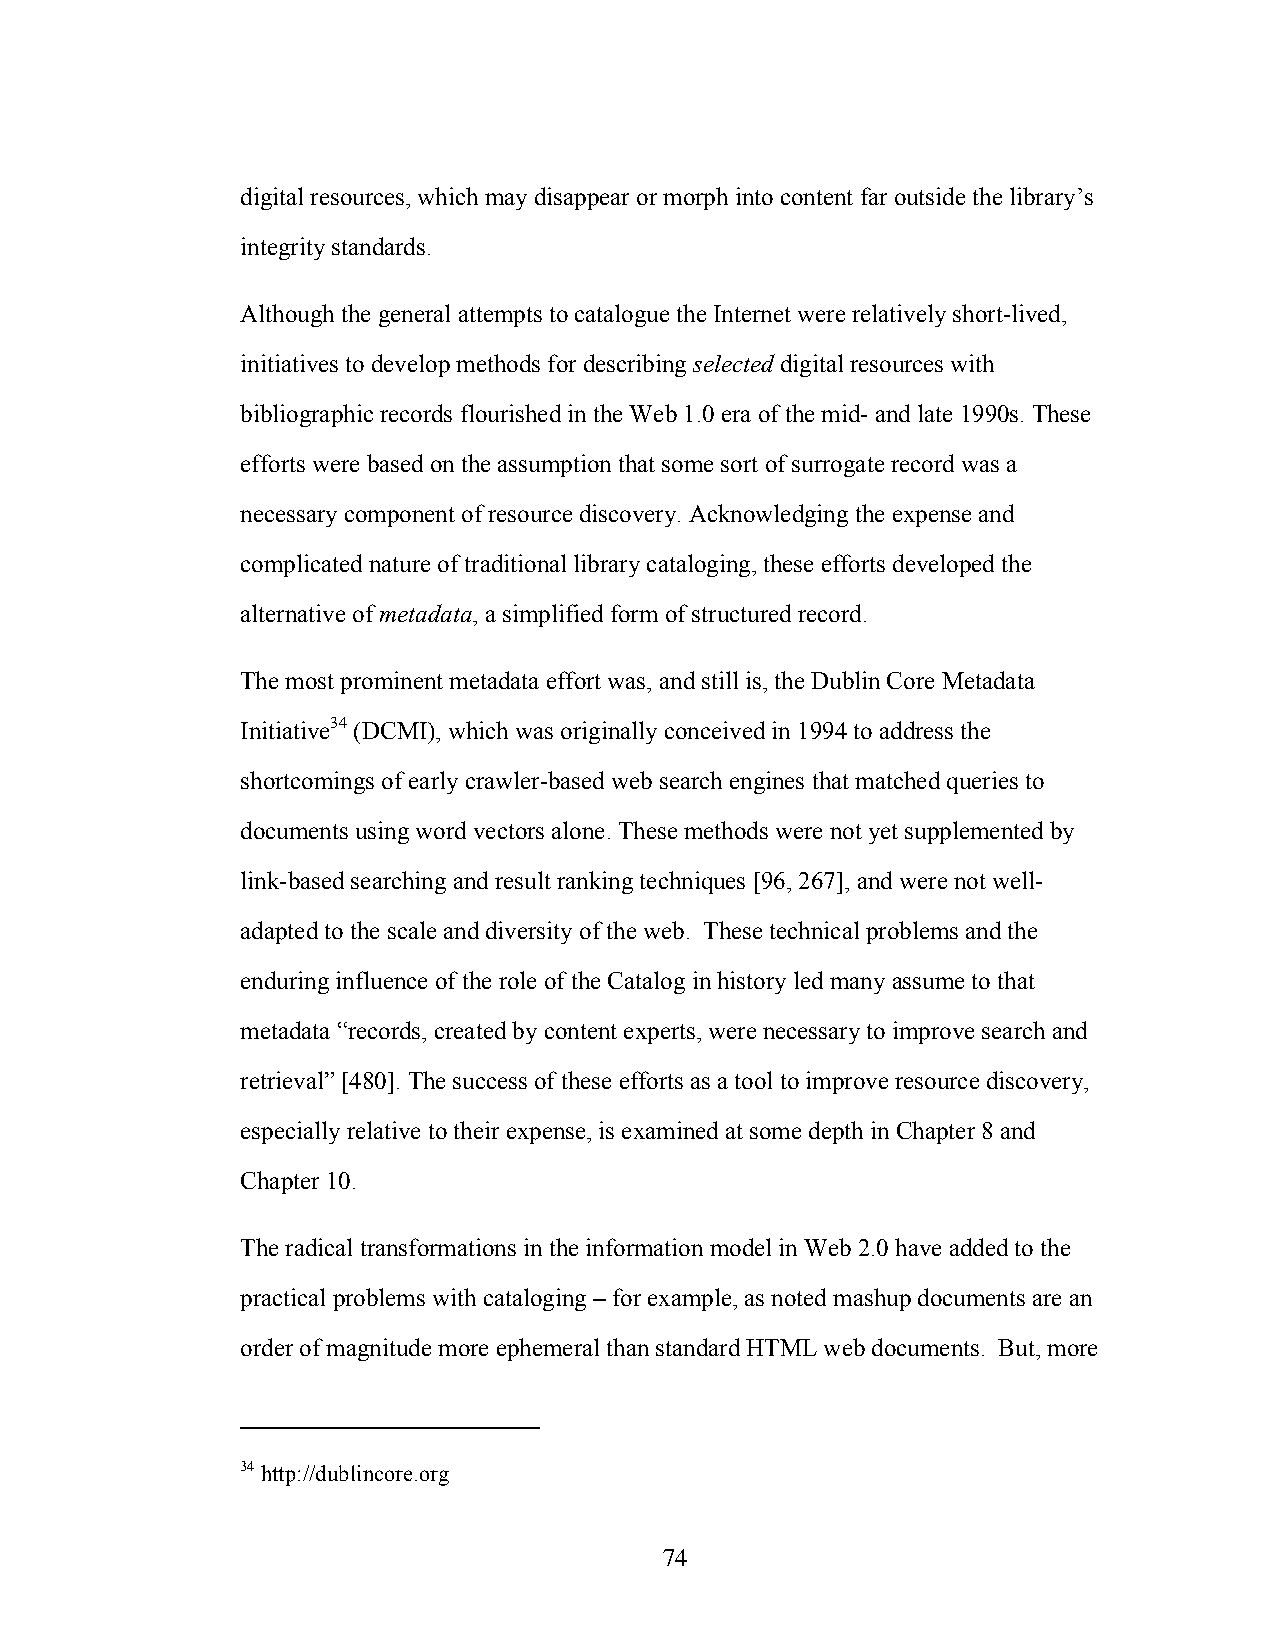
digital resources, which may disappear or morph into content far outside the library’s
 integrity standards.
 Although the general attempts to catalogue the Internet were relatively short-lived,
 initiatives to develop methods for describing selected digital resources with
 bibliographic records flourished in the Web 1.0 era of the mid- and late 1990s. These
 efforts were based on the assumption that some sort of surrogate record was a
 necessary component of resource discovery. Acknowledging the expense and
 complicated nature of traditional library cataloging, these efforts developed the
 alternative of metadata, a simplified form of structured record.
 The most prominent metadata effort was, and still is, the Dublin Core Metadata
 Initiative34 (DCMI), which was originally conceived in 1994 to address the
 shortcomings of early crawler-based web search engines that matched queries to
 documents using word vectors alone. These methods were not yet supplemented by
 link-based searching and result ranking techniques [96, 267], and were not well-
 adapted to the scale and diversity of the web. These technical problems and the
 enduring influence of the role of the Catalog in history led many assume to that
 metadata “records, created by content experts, were necessary to improve search and
 retrieval” [480]. The success of these efforts as a tool to improve resource discovery,
 especially relative to their expense, is examined at some depth in Chapter 8 and
 Chapter 10.
 The radical transformations in the information model in Web 2.0 have added to the
 practical problems with cataloging – for example, as noted mashup documents are an
 order of magnitude more ephemeral than standard HTML web documents. But, more
 34 http://dublincore.org
 74